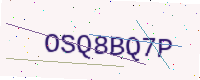
Text: OSQ8BQ7P